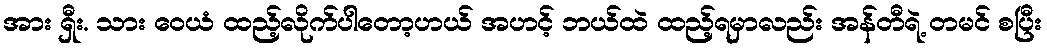
အား ရှီး. သား ဝေယံ ထည့်လိုက်ပါတော့ဟယ် အဟင့် ဘယ်ထဲ ထည့်ရမှာလည်း အန်တီရဲ့ တမင် စပြီး